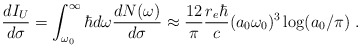
\begin{align*}\frac{dI_U}{d\sigma}=\int _{\omega _0}^{\infty}\hbar d\omega \frac{dN(\omega)}{d\sigma}\approx \frac{12}{\pi}\frac{r_e \hbar}{c}(a_0\omega _0)^3\log (a_0/\pi)~.\end{align*}